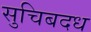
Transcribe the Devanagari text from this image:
सुचिबदध